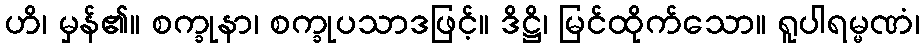
ဟိ၊ မှန်၏။ စက္ခုနာ၊ စက္ခုပသာဒဖြင့်။ ဒိဋ္ဌိ၊ မြင်ထိုက်သော။ ရူပါရမ္မဏံ၊